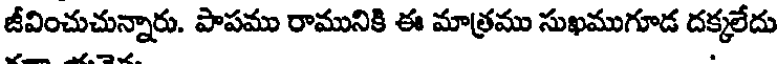
జీవించుచున్నారు. పాపము రామునికి ఈ మాత్రము సుఖముగూడ దక్కలేదు